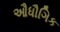
ઔધૌગિક